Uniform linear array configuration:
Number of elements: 32
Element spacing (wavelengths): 0.25
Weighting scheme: blackman
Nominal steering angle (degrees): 0
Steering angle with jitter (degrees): -0.9936
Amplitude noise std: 0.05
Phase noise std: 0.05

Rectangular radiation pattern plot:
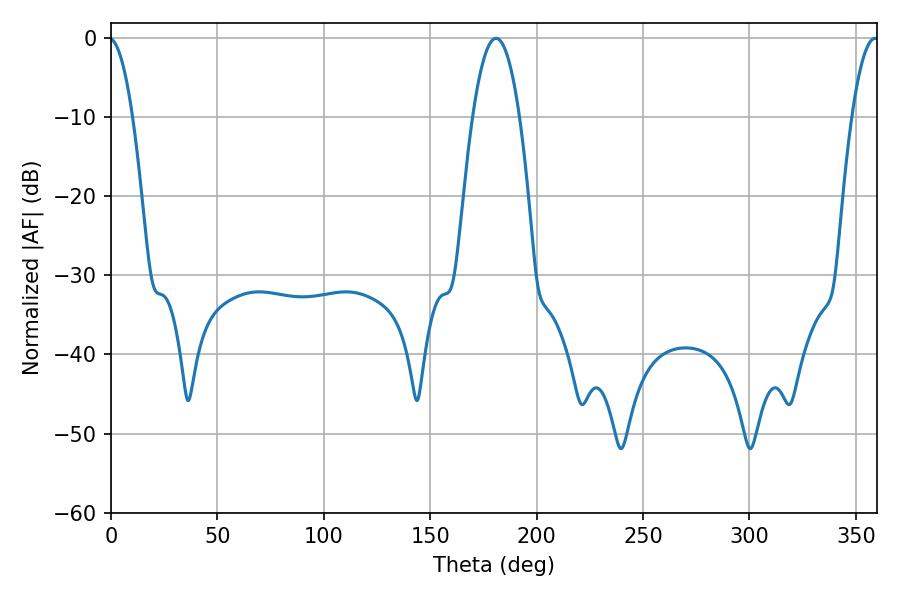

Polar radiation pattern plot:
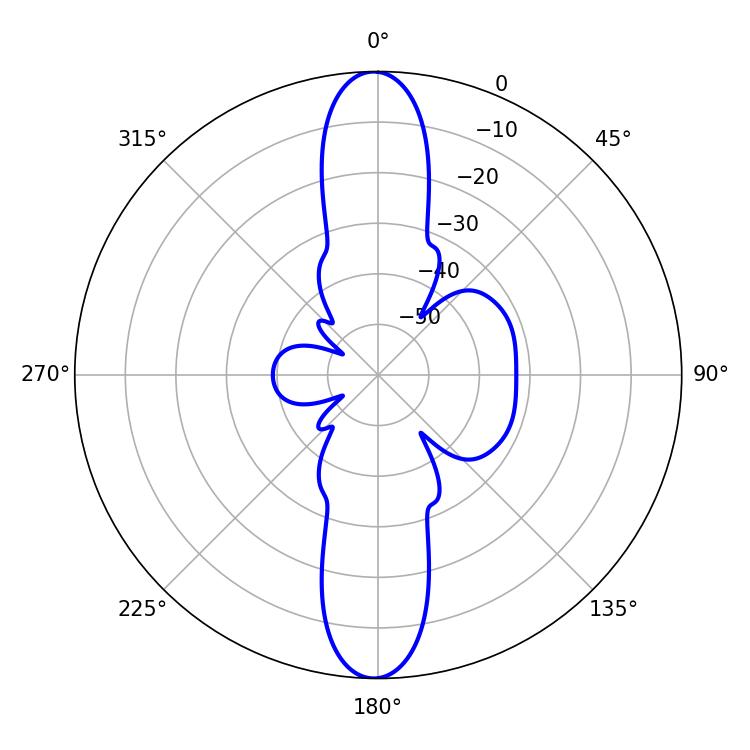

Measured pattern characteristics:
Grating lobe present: FALSE
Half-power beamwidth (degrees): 12.24
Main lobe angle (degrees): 180.9